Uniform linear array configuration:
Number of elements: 24
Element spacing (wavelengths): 1
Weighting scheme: exponential
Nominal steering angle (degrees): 15
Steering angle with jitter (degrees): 15.632
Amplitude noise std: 0.05
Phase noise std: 0.05

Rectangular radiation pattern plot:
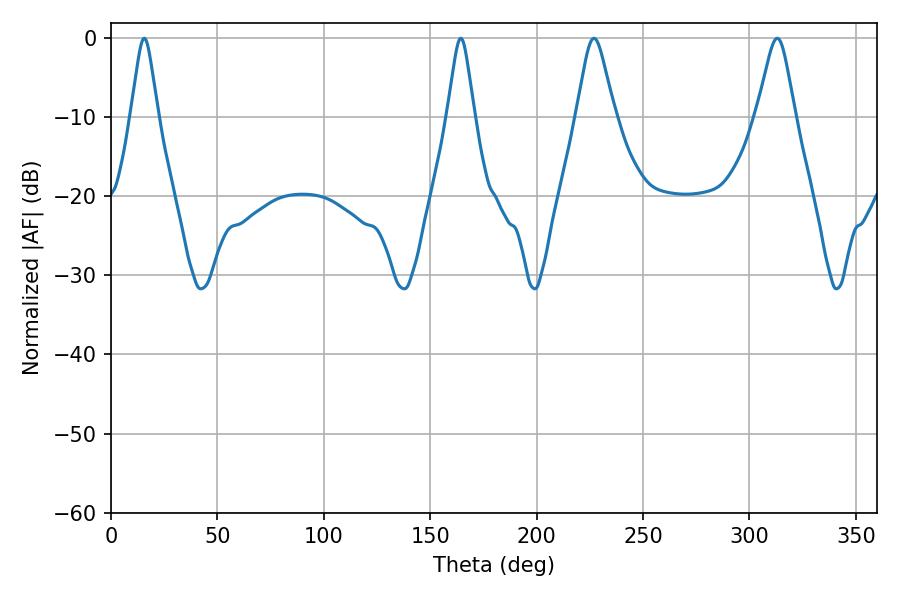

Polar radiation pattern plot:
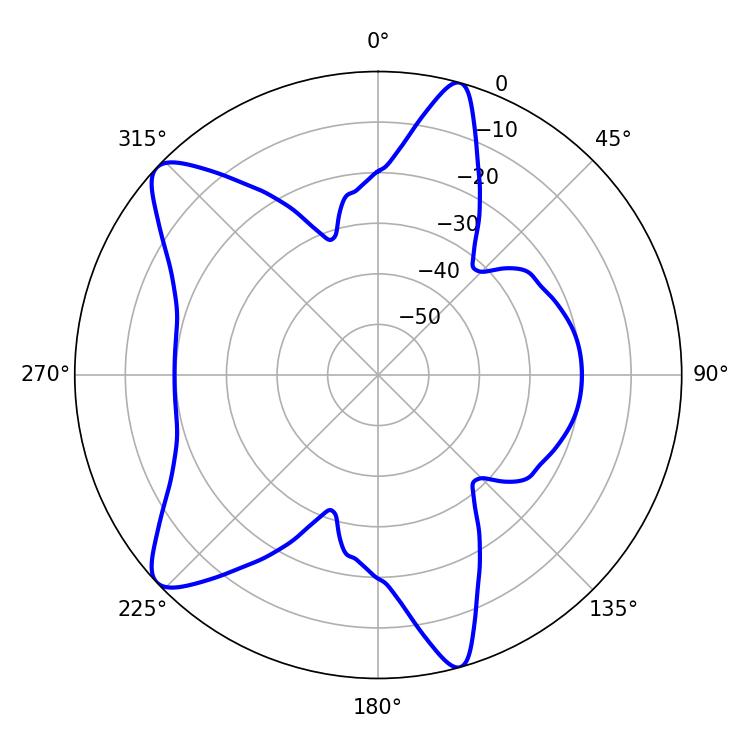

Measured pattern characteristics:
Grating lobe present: TRUE
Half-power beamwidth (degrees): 8.46
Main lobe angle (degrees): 226.98